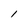
Character: I